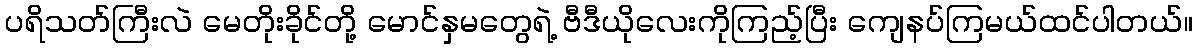
ပရိသတ်ကြီးလဲ မေတိုးခိုင်တို့ မောင်နှမတွေရဲ့ ဗီဒီယိုလေးကိုကြည့်ပြီး ကျေနပ်ကြမယ်ထင်ပါတယ်။